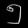
Digit: ၅